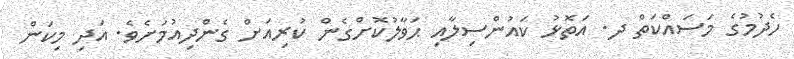
ހެދުމުގެ މަސައްކަތް ދ. އަތޮޅު ކައުންސިލާއި ޙަވާލުކޮށްގެން ކުރިއަށް ގެންދިއުމަށެވެ. އަދި މިކަން